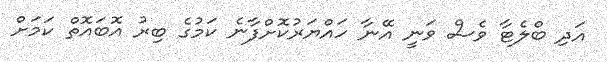
އަދި ބްލެޓާ ވެސް ވަނީ އޭނާ ހައްޔަރުކޮށްފާނެ ކަމުގެ ބިރު އޮބައޮތް ކަމަށް